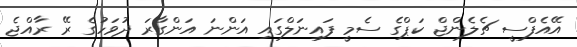
އޭއެފްސީ ޗެލެންޖް ކަޕްގެ ސެމީ ފައިނަލްގައި އަންނަ އަންގާރަ ދުވަހުގެ ރޭ ރާއްޖެ